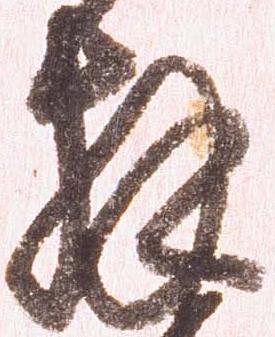
拝